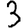
Digit: 3